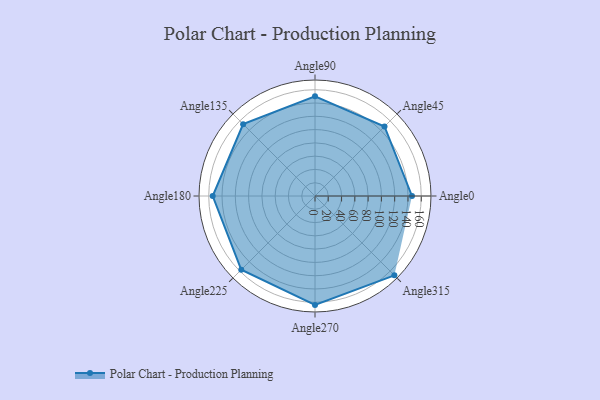
{"axis": {"x": "Angle", "y": "Radius"}, "legend": [""], "data": [{"x": "Angle0", "y": 146.0, "type": ""}, {"x": "Angle45", "y": 148.0, "type": ""}, {"x": "Angle90", "y": 150.0, "type": ""}, {"x": "Angle135", "y": 153.0, "type": ""}, {"x": "Angle180", "y": 154.0, "type": ""}, {"x": "Angle225", "y": 157.0, "type": ""}, {"x": "Angle270", "y": 164.0, "type": ""}, {"x": "Angle315", "y": 169.0, "type": ""}]}